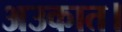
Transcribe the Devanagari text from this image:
अउकात।